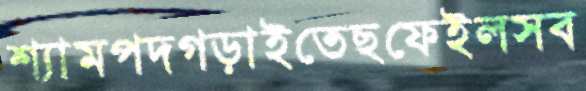
শ্যামপদগড়াইতেছফেইলসব